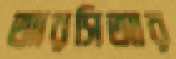
আরসিআর